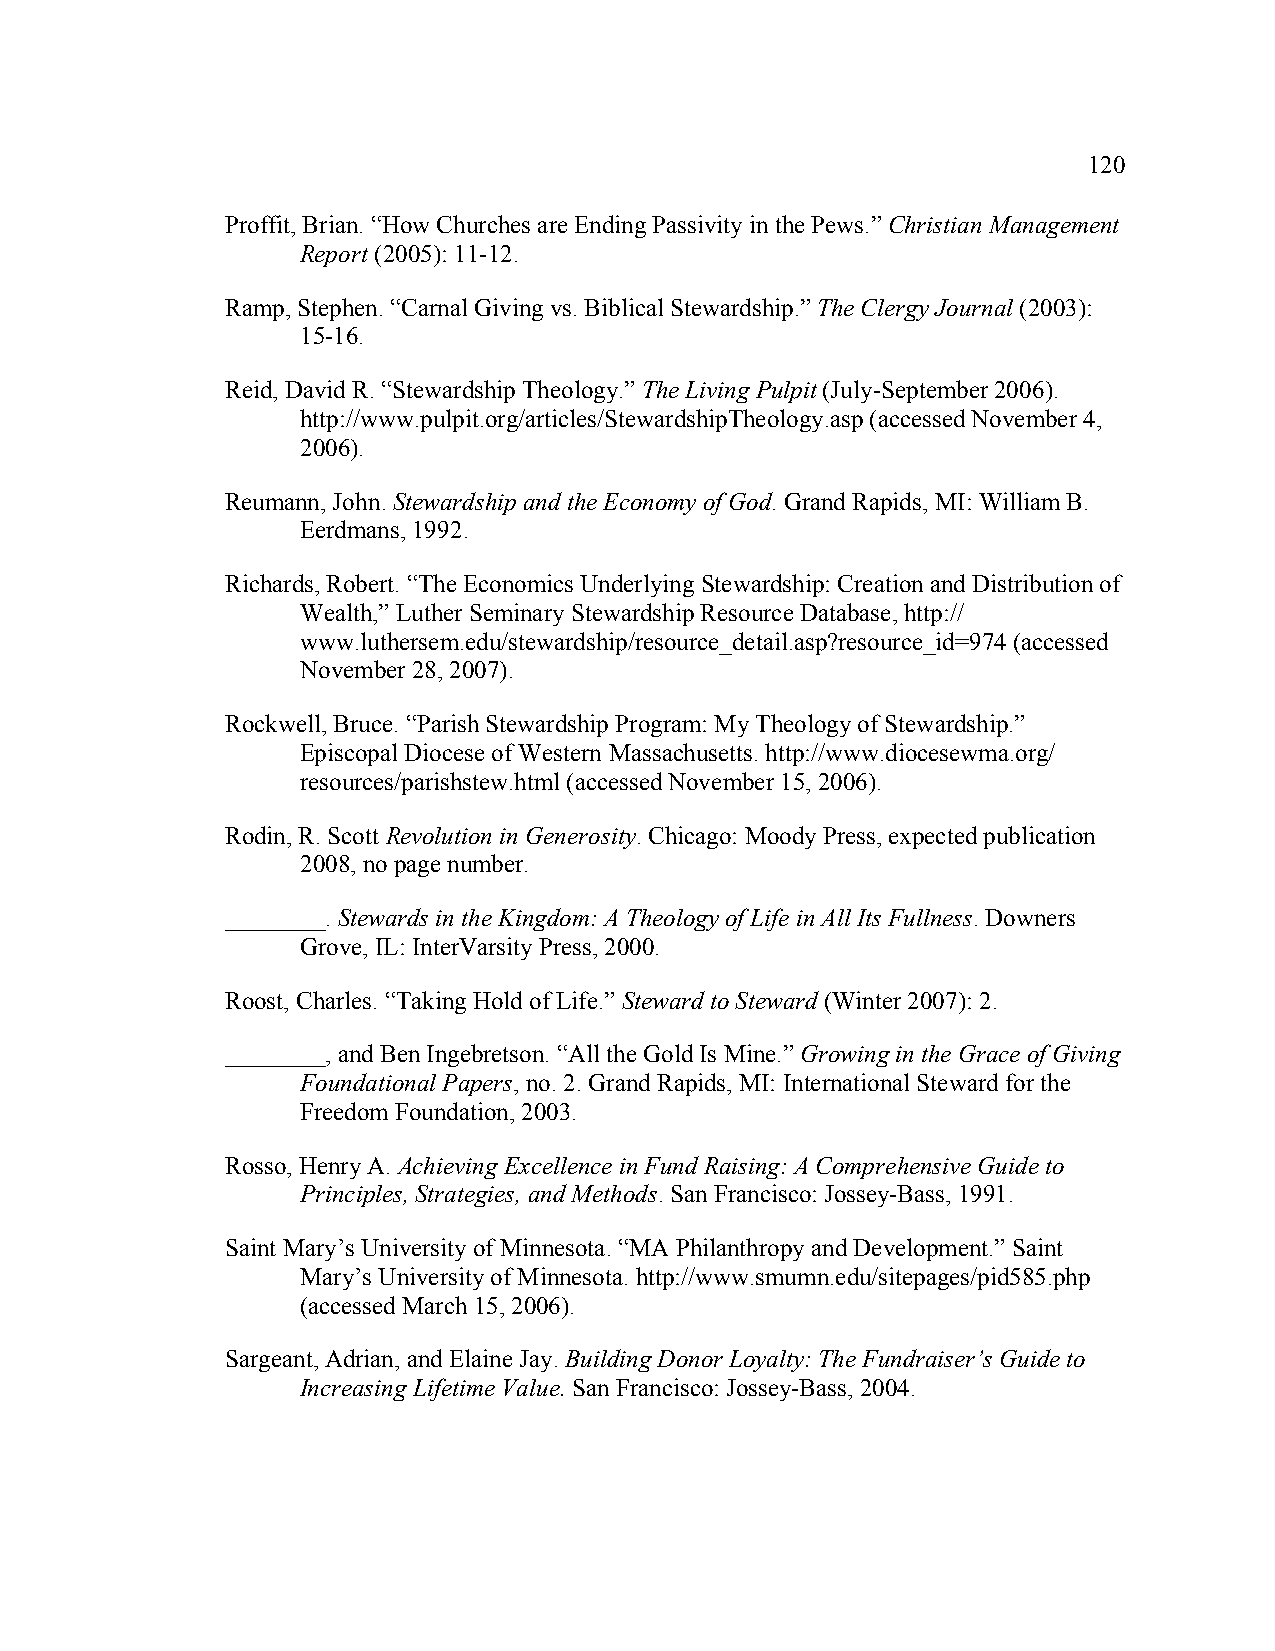
120
 Proffit, Brian. “How Churches are Ending Passivity in the Pews.” Christian Management
 Report (2005): 11-12.
 Ramp, Stephen. “Carnal Giving vs. Biblical Stewardship.” The Clergy Journal (2003):
 15-16.
 Reid, David R. “Stewardship Theology.” The Living Pulpit (July-September 2006).
 http://www.pulpit.org/articles/StewardshipTheology.asp (accessed November 4,
 2006).
 Reumann, John. Stewardship and the Economy of God. Grand Rapids, MI: William B.
 Eerdmans, 1992.
 Richards, Robert. “The Economics Underlying Stewardship: Creation and Distribution of
 Wealth,” Luther Seminary Stewardship Resource Database, http://
 www.luthersem.edu/stewardship/resource_detail.asp?resource_id=974 (accessed
 November 28, 2007).
 Rockwell, Bruce. “Parish Stewardship Program: My Theology of Stewardship.”
 Episcopal Diocese of Western Massachusetts. http://www.diocesewma.org/
 resources/parishstew.html (accessed November 15, 2006).
 Rodin, R. Scott Revolution in Generosity. Chicago: Moody Press, expected publication
 2008, no page number.
 ________. Stewards in the Kingdom: A Theology of Life in All Its Fullness. Downers
 Grove, IL: InterVarsity Press, 2000.
 Roost, Charles. “Taking Hold of Life.” Steward to Steward (Winter 2007): 2.
 ________, and Ben Ingebretson. “All the Gold Is Mine.” Growing in the Grace of Giving
 Foundational Papers, no. 2. Grand Rapids, MI: International Steward for the
 Freedom Foundation, 2003.
 Rosso, Henry A. Achieving Excellence in Fund Raising: A Comprehensive Guide to
 Principles, Strategies, and Methods. San Francisco: Jossey-Bass, 1991.
 Saint Mary’s University of Minnesota. “MA Philanthropy and Development.” Saint
 Mary’s University of Minnesota. http://www.smumn.edu/sitepages/pid585.php
 (accessed March 15, 2006).
 Sargeant, Adrian, and Elaine Jay. Building Donor Loyalty: The Fundraiser’s Guide to
 Increasing Lifetime Value. San Francisco: Jossey-Bass, 2004.